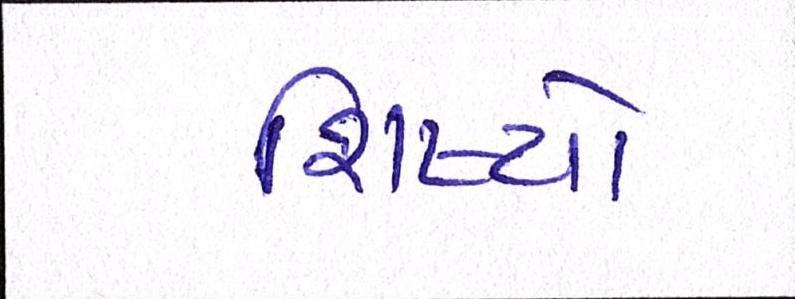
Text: શિષ્યો